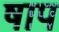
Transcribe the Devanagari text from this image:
षाप